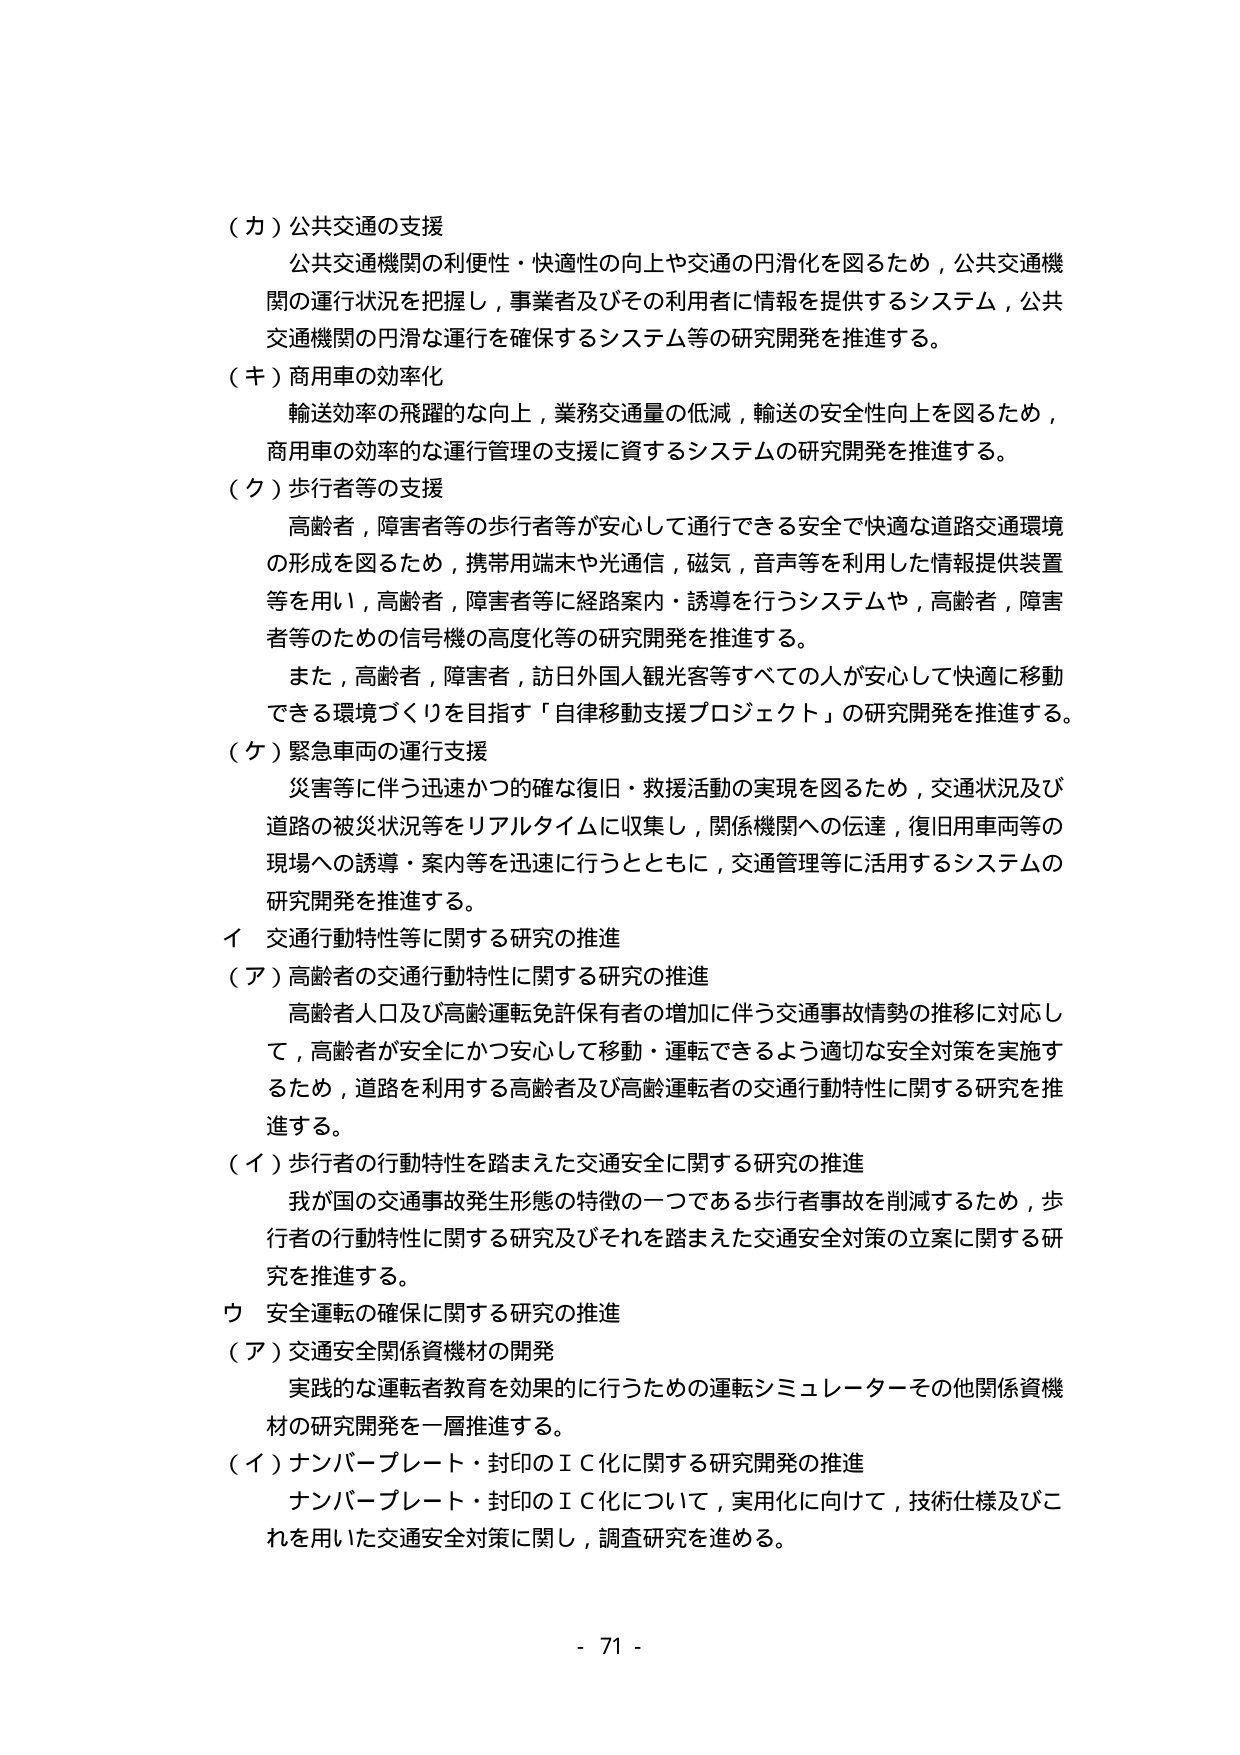
（カ）公共交通の支援
公共交通機関の利便性・快適性の向上や交通の円滑化を図るため，公共交通機関の運行状況を把握し，事業者及びその利用者に情報を提供するシステム，公共交通機関の円滑な運行を確保するシステム等の研究開発を推進する。

（キ）商用車の効率化
輸送効率の飛躍的な向上，業務交通量の低減，輸送の安全性向上を図るため，商用車の効率的な運行管理の支援に資するシステムの研究開発を推進する。

（ク）歩行者等の支援
高齢者，障害者等の歩行者等が安心して通行できる安全で快適な道路交通環境の形成を図るため，携帯用端末や光通信，磁気，音声等を利用した情報提供装置等を用い，高齢者，障害者等に経路案内・誘導を行うシステムや，高齢者，障害者等のための信号機の高度化等の研究開発を推進する。
また，高齢者，障害者，訪日外国人観光客等すべての人が安心して快適に移動できる環境づくりを目指す「自律移動支援プロジェクト」の研究開発を推進する。

（ケ）緊急車両の運行支援
災害等に伴う迅速かつ的確な復旧・救援活動の実現を図るため，交通状況及び道路の被災状況等をリアルタイムに収集し，関係機関への伝達，復旧用車両等の現場への誘導・案内等を迅速に行うとともに，交通管理等に活用するシステムの研究開発を推進する。

イ 交通行動特性等に関する研究の推進
（ア）高齢者の交通行動特性に関する研究の推進
高齢者人口及び高齢運転免許保有者の増加に伴う交通事故情勢の推移に対応して，高齢者が安全にかつ安心して移動・運転できるよう適切な安全対策を実施するため，道路を利用する高齢者及び高齢運転者の交通行動特性に関する研究を推進する。

（イ）歩行者の行動特性を踏まえた交通安全に関する研究の推進
我が国の交通事故発生形態の特徴の一つである歩行者事故を削減するため，歩行者の行動特性に関する研究及びそれを踏まえた交通安全対策の立案に関する研究を推進する。

ウ 安全運転の確保に関する研究の推進
（ア）交通安全関係資機材の開発
実践的な運転者教育を効果的に行うための運転シミュレーターその他関係資機材の研究開発を一層推進する。

（イ）ナンバープレート・封印のＩＣ化に関する研究開発の推進
ナンバープレート・封印のＩＣ化について，実用化に向けて，技術仕様及びこれを用いた交通安全対策に関し，調査研究を進める。

- 71 -